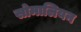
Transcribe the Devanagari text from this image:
सोमालियन